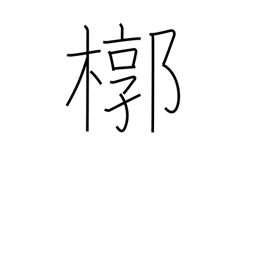
Meaning: outer box for a coffin